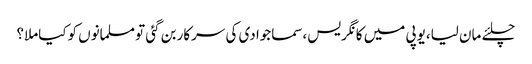
چلئے مان لیا،یوپی میں کانگریس،سماجوادی کی سرکاربن گئی تومسلمانوں کوکیاملا؟